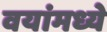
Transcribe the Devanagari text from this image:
वयांमध्ये